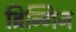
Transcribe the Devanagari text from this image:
ब्रिन्गिन